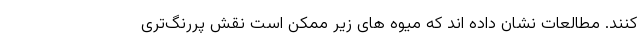
کنند. مطالعات نشان داده اند که میوه های زیر ممکن است نقش پررنگ‌تری